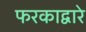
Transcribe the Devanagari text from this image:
फरकाद्वारे